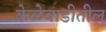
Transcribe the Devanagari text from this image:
केळेवाडीतील